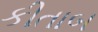
કીતાબ